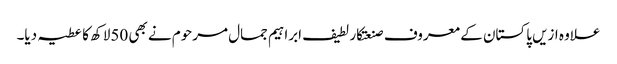
علاوہ ازیں پاکستان کے معروف صنعتکار لطیف ابراہیم جمال مرحوم نے بھی 50لاکھ کا عطیہ دیا۔